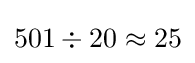
501\div 20\approx 25